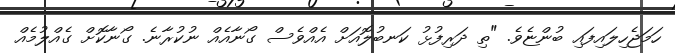
ހަމަޖެހިލައިފައި ބުންޏެވެ. "ތި ދަރިފުޅު ކަނބުލޮއަށް އެއްވެސް ގޯނާއެއް ނުކުރާނެ. ގޯނާކޮށް ގެއްލުމެއް